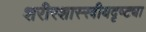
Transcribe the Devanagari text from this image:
शरीरशास्स्त्रीयदृष्ट्या